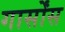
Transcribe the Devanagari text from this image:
गार्सोंस